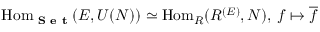
\operatorname { H o m } _ { \textbf { S e t } } ( E , U ( N ) ) \simeq \operatorname { H o m } _ { R } ( R ^ { ( E ) } , N ) , \, f \mapsto { \overline { { f } } }